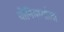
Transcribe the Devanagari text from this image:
योनिमार्गाला